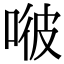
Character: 𠶎